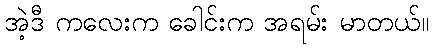
အဲ့ဒီ ကလေးက ခေါင်းက အရမ်း မာတယ်။